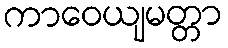
ကာဝေယျမတ္တာ